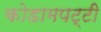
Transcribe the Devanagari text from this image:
कोडामपट्टी